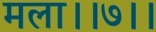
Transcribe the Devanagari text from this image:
मला।।७।।